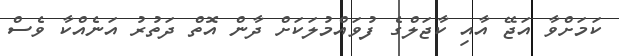
ކަމަށްވާ އަޖޭ އާއި ކާޖަލްގެ ފުވައްމުލަކަށް ދާން އޮތް ދަތުރު އަނެއްކާ ވެސް